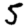
Digit: 5